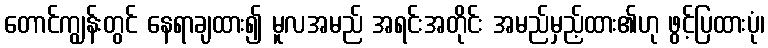
တောင်ကျွန်းတွင် နေရာချထား၍ မူလအမည် အရင်းအတိုင်း အမည်မှည့်ထား၏ဟု ဖွင့်ပြထားပုံ၊